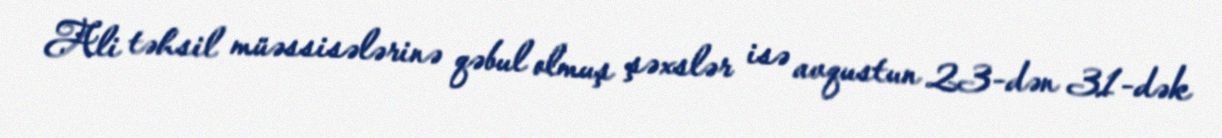
Ali təhsil müəssisələrinə qəbul olmuş şəxslər isə avqustun 23-dən 31-dək